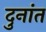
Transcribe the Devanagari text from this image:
दुनांत